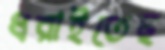
ধরাইতেছ